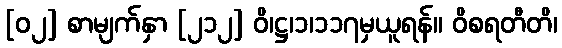
[၀၂] စာမျက်နှာ [၂၁၂] ဝိ၊ဋ္ဌ၊၁၊၁၁၇မှယူရန်။ ဝိစရတီတိ၊